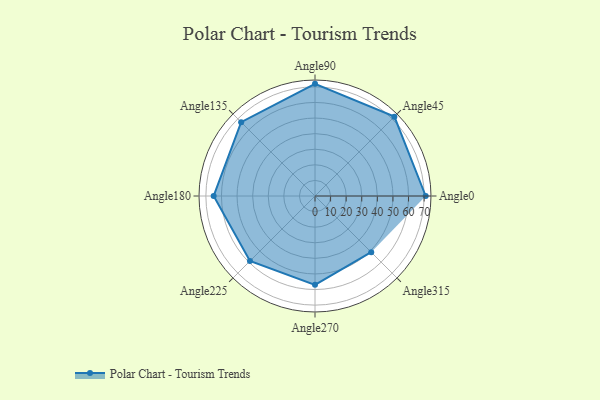
{"axis": {"x": "Angle", "y": "Radius"}, "legend": [""], "data": [{"x": "Angle0", "y": 71.0, "type": ""}, {"x": "Angle45", "y": 72.0, "type": ""}, {"x": "Angle90", "y": 72.0, "type": ""}, {"x": "Angle135", "y": 67.0, "type": ""}, {"x": "Angle180", "y": 65.0, "type": ""}, {"x": "Angle225", "y": 59.0, "type": ""}, {"x": "Angle270", "y": 57.0, "type": ""}, {"x": "Angle315", "y": 51.0, "type": ""}]}